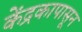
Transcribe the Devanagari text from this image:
केंद्रकापासून